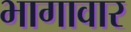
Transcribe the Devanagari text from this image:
भागावार